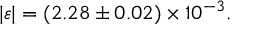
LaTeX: | \varepsilon | = ( 2 . 2 8 \pm 0 . 0 2 ) \times 1 0 ^ { - 3 } .